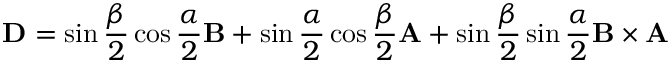
\mathbf { D } = { \sin { \frac { \beta } { 2 } } \cos { \frac { \alpha } { 2 } } \mathbf { B } + \sin { \frac { \alpha } { 2 } } \cos { \frac { \beta } { 2 } } \mathbf { A } + \sin { \frac { \beta } { 2 } } \sin { \frac { \alpha } { 2 } } \mathbf { B } \times \mathbf { A } }